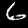
Digit: 6